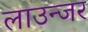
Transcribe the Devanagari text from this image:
लाउन्जर